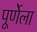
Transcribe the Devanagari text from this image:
पूर्णेला